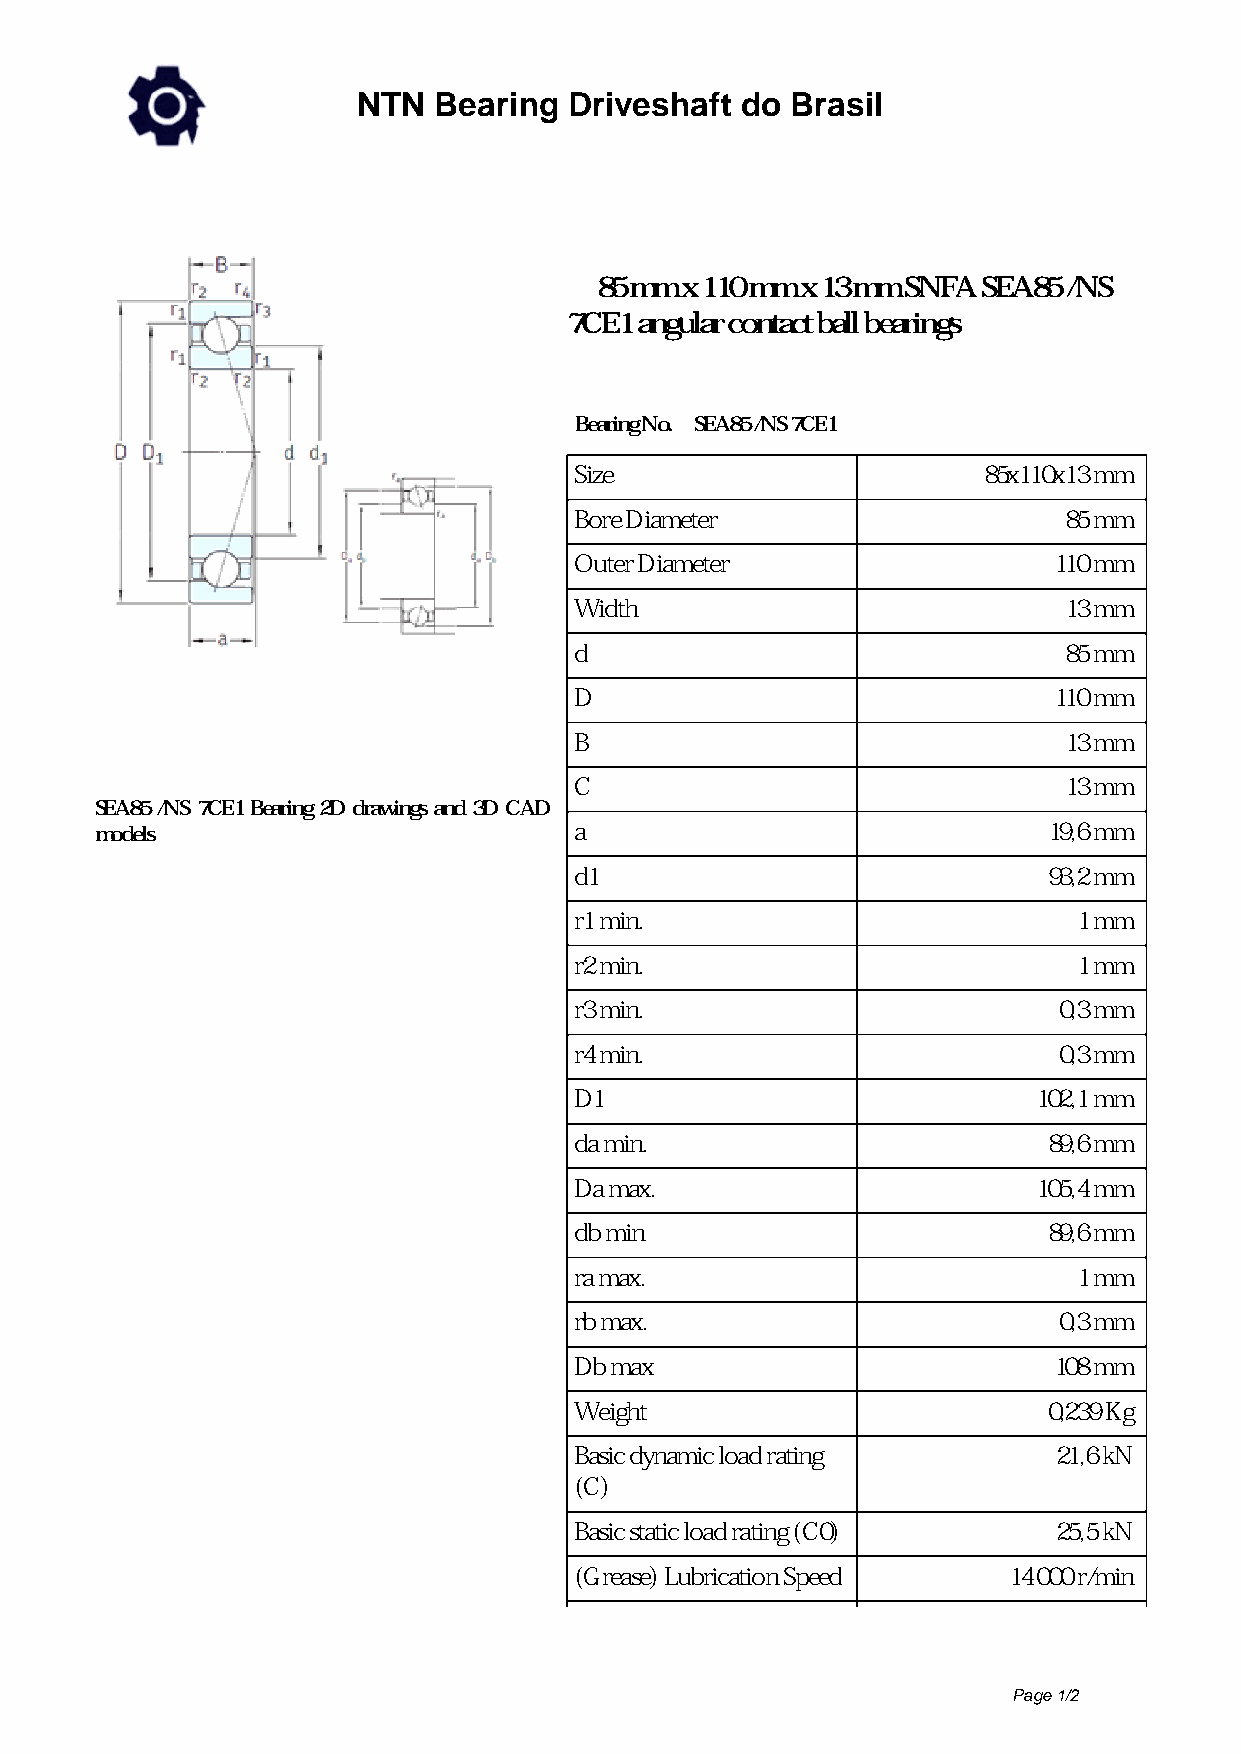
NTN  Bearing  Driveshaft do Brasil
 85 mm x 110 mm x 13 mm SNFA SEA85 /NS
 7CE1 angular contact ball bearings
 Bearing No. SEA85 /NS 7CE1
 Size                       85x110x13 mm
 Bore Diameter                   85 mm
 Outer Diameter                  110 mm
 Width                           13 mm
 d                               85 mm
 D                               110 mm
 B                               13 mm
 C                               13 mm
 SEA85 /NS 7CE1 Bearing 2D drawings and 3D CAD
 models                          a                              19,6 mm
 d1                             93,2 mm
 r1 min.                          1 mm
 r2 min.                          1 mm
 r3 min.                         0,3 mm
 r4 min.                         0,3 mm
 D1                             102,1 mm
 da min.                        89,6 mm
 Da max.                        105,4 mm
 db min                         89,6 mm
 ra max.                          1 mm
 rb max.                         0,3 mm
 Db max                          108 mm
 Weight                         0,239 Kg
 Basic dynamic load rating       21,6 kN
 (C)
 Basic static load rating (C0)   25,5 kN
 (Grease) Lubrication Speed   14 000 r/min
 Page 1/2